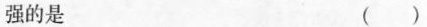
强的是 （）